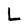
Character: L